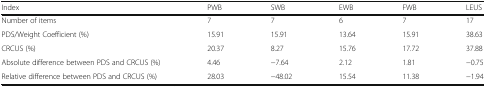
<table><thead><tr><td><b>Index</b></td><td><b>PWB</b></td><td><b>SWB</b></td><td><b>EWB</b></td><td><b>FWB</b></td><td><b>LEUS</b></td></tr></thead><tbody><tr><td>Number of items</td><td>7</td><td>7</td><td>6</td><td>7</td><td>17</td></tr><tr><td>PDS/Weight Coefficient (%)</td><td>15.91</td><td>15.91</td><td>13.64</td><td>15.91</td><td>38.63</td></tr><tr><td>CRCUS (%)</td><td>20.37</td><td>8.27</td><td>15.76</td><td>17.72</td><td>37.88</td></tr><tr><td>Absolute difference between PDS and CRCUS (%)</td><td>4.46</td><td>−7.64</td><td>2.12</td><td>1.81</td><td>−0.75</td></tr><tr><td>Relative difference between PDS and CRCUS (%)</td><td>28.03</td><td>−48.02</td><td>15.54</td><td>11.38</td><td>−1.94</td></tr></tbody></table>